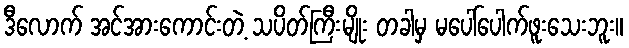
ဒီလောက် အင်အားကောင်းတဲ့ သပိတ်ကြီးမျိုး တခါမှ မပေါ်ပေါက်ဖူးသေးဘူး။